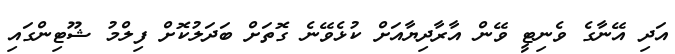
އަދި އޭނާގެ ވެނިޓީ ވޭން އާރާދިޔާއަށް ކުޅެވޭނެ ގޮތަށް ބަދަލުކޮށް ފިލްމު ޝޫޓިންގައި